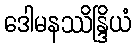
ဒေါမနဿိန္ဒြိယံ